Report on sanitation, dispensaries, and jails in Rajputana for 1914, and on vaccination for the year 1914-1915 - 1914-1915
Year: 1914
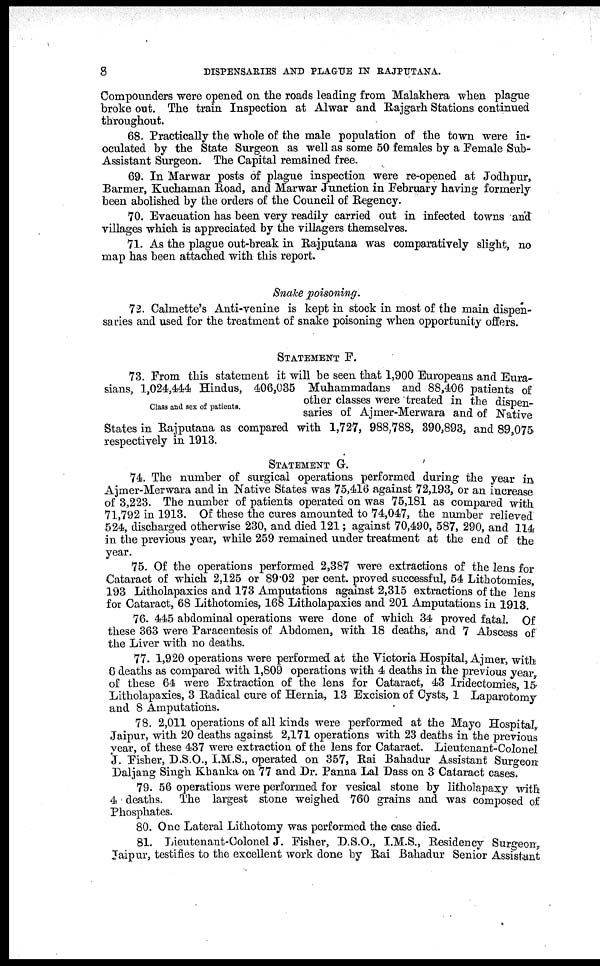
8
DISPENSARIES AND PLAGUE IN RAJPUTANA.
Compounders were opened on the roads leading from Malakhera when plague
broke out. The train Inspection at Alwar and Rajgarh Stations continued
throughout.
68. Practically the whole of the male population of the town were in-
oculated by the State Surgeon as well as some 50 females by a Female Sub-
Assistant Surgeon. The Capital remained free.
69. In Marwar posts of plague inspection were re-opened at Jodhpur,
Barmer, Kuchaman Road, and Marwar Junction in February having formerly
been abolished by the orders of the Council of Regency.
70. Evacuation has been very readily carried out in infected towns and
villages which is appreciated by the villagers themselves.
71. As the plague out-break in Rajputana was comparatively slight, no
map has been attached with this report.
Snake poisoning.
72. Calmette's Anti-venine is kept in stock in most of the main dispen¬
saries and used for the treatment of snake poisoning when opportunity offers.
STATEMENT F.
Class and sex of patients.
73. From this statement it will be seen that 1,900 Europeans and Eura-
sians, 1,024,444 Hindus, 406,035 Muhammadans and 88,406 patients of
other classes were treated in the dispen-
saries of Ajmer-Merwara and of Native
States in Rajputana as compared with 1,727, 988,788, 390,893, and 89,075
respectively in 1913.
STATEMENT G.
74. The number of surgical operations performed during the year in
Ajmer-Merwara and in Native States was 75,416 against 72,193, or an increase
of 3,223. The number of patients operated on was 75,181 as compared with
71,792 in 1913. Of these the cures amounted to 74,047, the number relieved
524, discharged otherwise 230, and died 121; against 70,490, 587, 290, and 114
in the previous year, while 259 remained under treatment at the end of the
year.
75. Of the operations performed 2,387 were extractions of the lens for
Cataract of which 2,125 or 89.02 per cent. proved successful, 54 Lithotomies,
193 Litholapaxies and 173 Amputations against 2,315 extractions of the lens
for Cataract, 68 Lithotomies, 168 Litholapaxies and 201 Amputations in 1913.
76. 445 abdominal operations were done of which 34 proved fatal. Of
these 363 were Paracentesis of Abdomen, with 18 deaths, and 7 Abscess of
the Liver with no deaths.
77. 1,920 operations were performed at the Victoria Hospital, Ajmer, with
6 deaths as compared with 1,809 operations with 4 deaths in the previous year
of these 64 were Extraction of the lens for Cataract, 43 Iridectomies 15
Litholapaxies, 3 Radical cure of Hernia, 13 Excision of Cysts, 1 Laparotomy
and 8 Amputations.
78. 2,011 operations of all kinds were performed at the Mayo Hospital,
Jaipur, with 20 deaths against 2,171 operations with 23 deaths in the previous
year, of these 437 were extraction of the lens for Cataract. Lieutenant-Colonel
J. Fisher, D.S.O., I.M.S., operated on 357, Rai Bahadur Assistant Surgeon
Daljang Singh Khanka on 77 and Dr. Panna Lal Dass on 3 Cataract cases.
79. 56 operations were performed for vesical stone by litholapaxy with
4 deaths. The largest stone weighed 760 grains and was composed of
Phosphates.
80. One Lateral Lithotomy was performed the case died.
81. Lieutenant-Colonel J. Fisher, D.S.O., I.M.S., Residency Surgeon,
Jaipur, testifies to the excellent work done by Rai Bahadur Senior Assistant